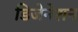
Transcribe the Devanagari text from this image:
डिजेनेशन